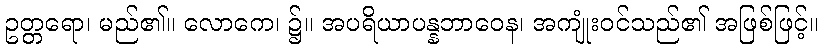
ဥတ္တရော၊ မည်၏။ လောကေ၊ ၌။ အပရိယာပန္နဘာဝေန၊ အကျုံးဝင်သည်၏ အဖြစ်ဖြင့်။